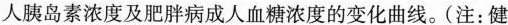
人胰岛素浓度及肥胖病成人血糖浓度的变化曲线。(注：健